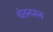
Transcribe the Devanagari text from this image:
चेतनमन